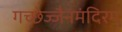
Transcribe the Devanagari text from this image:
गच्छेज्जैनमंदिरम्‌